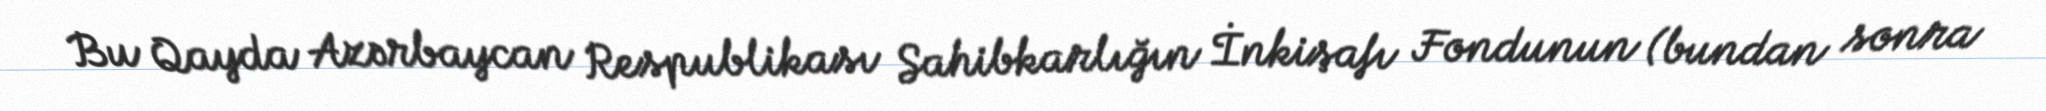
Bu Qayda Azərbaycan Respublikası Sahibkarlığın İnkişafı Fondunun (bundan sonra